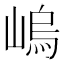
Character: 嵨